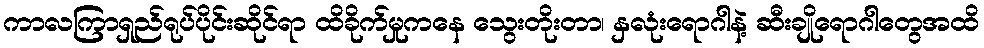
ကာလကြာရှည်ရုပ်ပိုင်းဆိုင်ရာ ထိခိုက်မှုကနေ သွေးတိုးတာ၊ နှလုံးရောဂါနဲ့ ဆီးချိုရောဂါတွေအထိ